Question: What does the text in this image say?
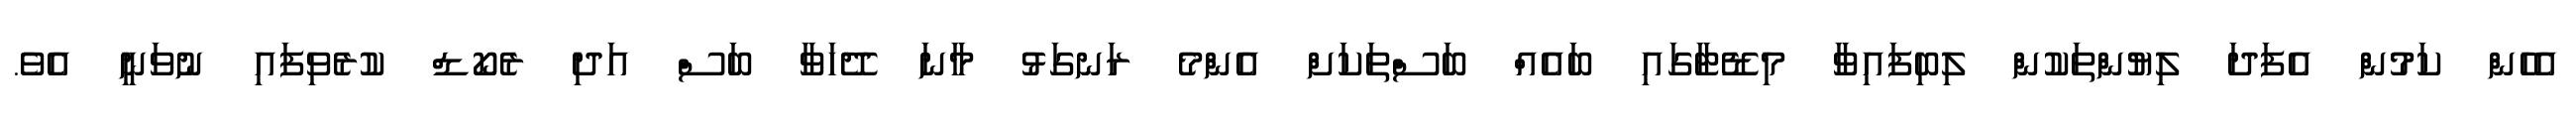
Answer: އެހެން ކަމުން އެފަދަ ލިޔުންތަކުން ލިބިފައިވާ މިޑޭޓާގައި ބައެއް ބަސްތަކަށް އެންމެ ރަނގަޅު މާނަ ދޭހަވާ ބަސް އަދި ރެކޯޑް ކުރެވިފައި ނުވަނީ އެވެ.